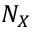
N _ { X }